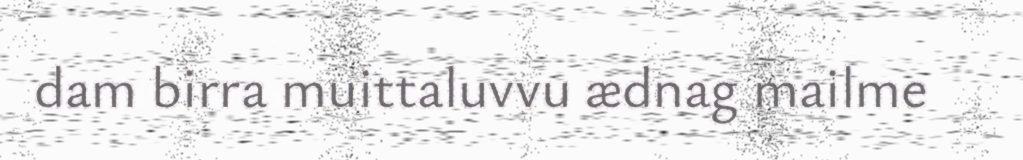
dam birra muittaluvvu ædnag mailme